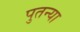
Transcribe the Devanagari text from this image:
पुतन्या